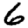
Digit: 6